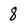
Character: 8